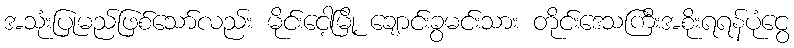
အသုံးပြုမည်ဖြစ်သော်လည်း မိုင်းငေါ့မြို့ ချောင်းခွမင်းသား တိုင်းဒေသကြီးအစိုးရရန်ပုံငွေ